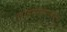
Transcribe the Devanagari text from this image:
लोहमार्गावरून